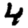
Digit: 4